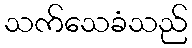
သက်သေခံသည်